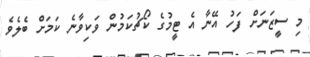
މި ސީޒަނަށް ފަހު އޭނާ އެ ޓީމުގެ ކޯޗުކަމުން ވަކިވާނެ ކަމަށް ބެލެވެ